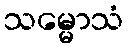
သမ္မောသံ